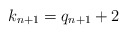
\begin{align*}k_{n+1} = q_{n+1} + 2\end{align*}